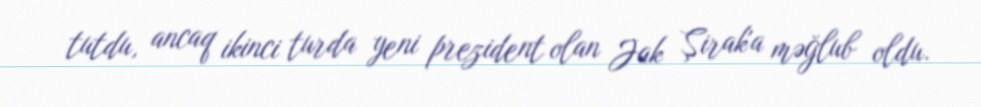
tutdu, ancaq ikinci turda yeni prezident olan Jak Şirak'a məğlub oldu.